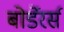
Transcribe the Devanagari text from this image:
बोर्डेरर्स